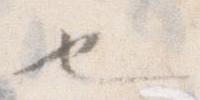
也